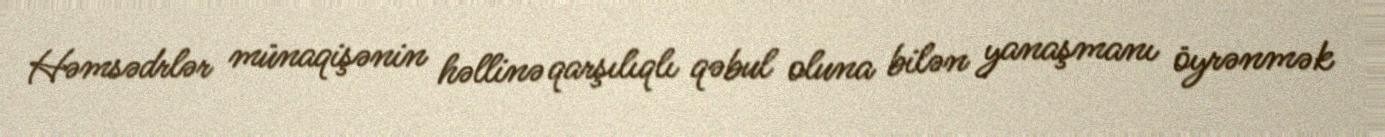
Həmsədrlər münaqişənin həllinə qarşılıqlı qəbul oluna bilən yanaşmanı öyrənmək